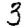
Digit: 3